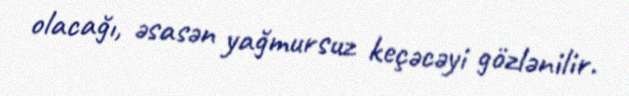
olacağı, əsasən yağmursuz keçəcəyi gözlənilir.